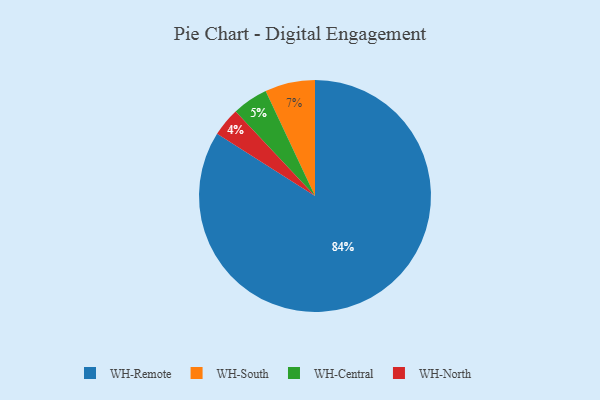
{"axis": {"x": "Category", "y": "Percentage"}, "legend": ["WH-Central", "WH-North", "WH-Remote", "WH-South"], "data": [{"x": "WH-North", "y": 4, "type": "WH-North"}, {"x": "WH-Remote", "y": 84, "type": "WH-Remote"}, {"x": "WH-South", "y": 7, "type": "WH-South"}, {"x": "WH-Central", "y": 5, "type": "WH-Central"}]}